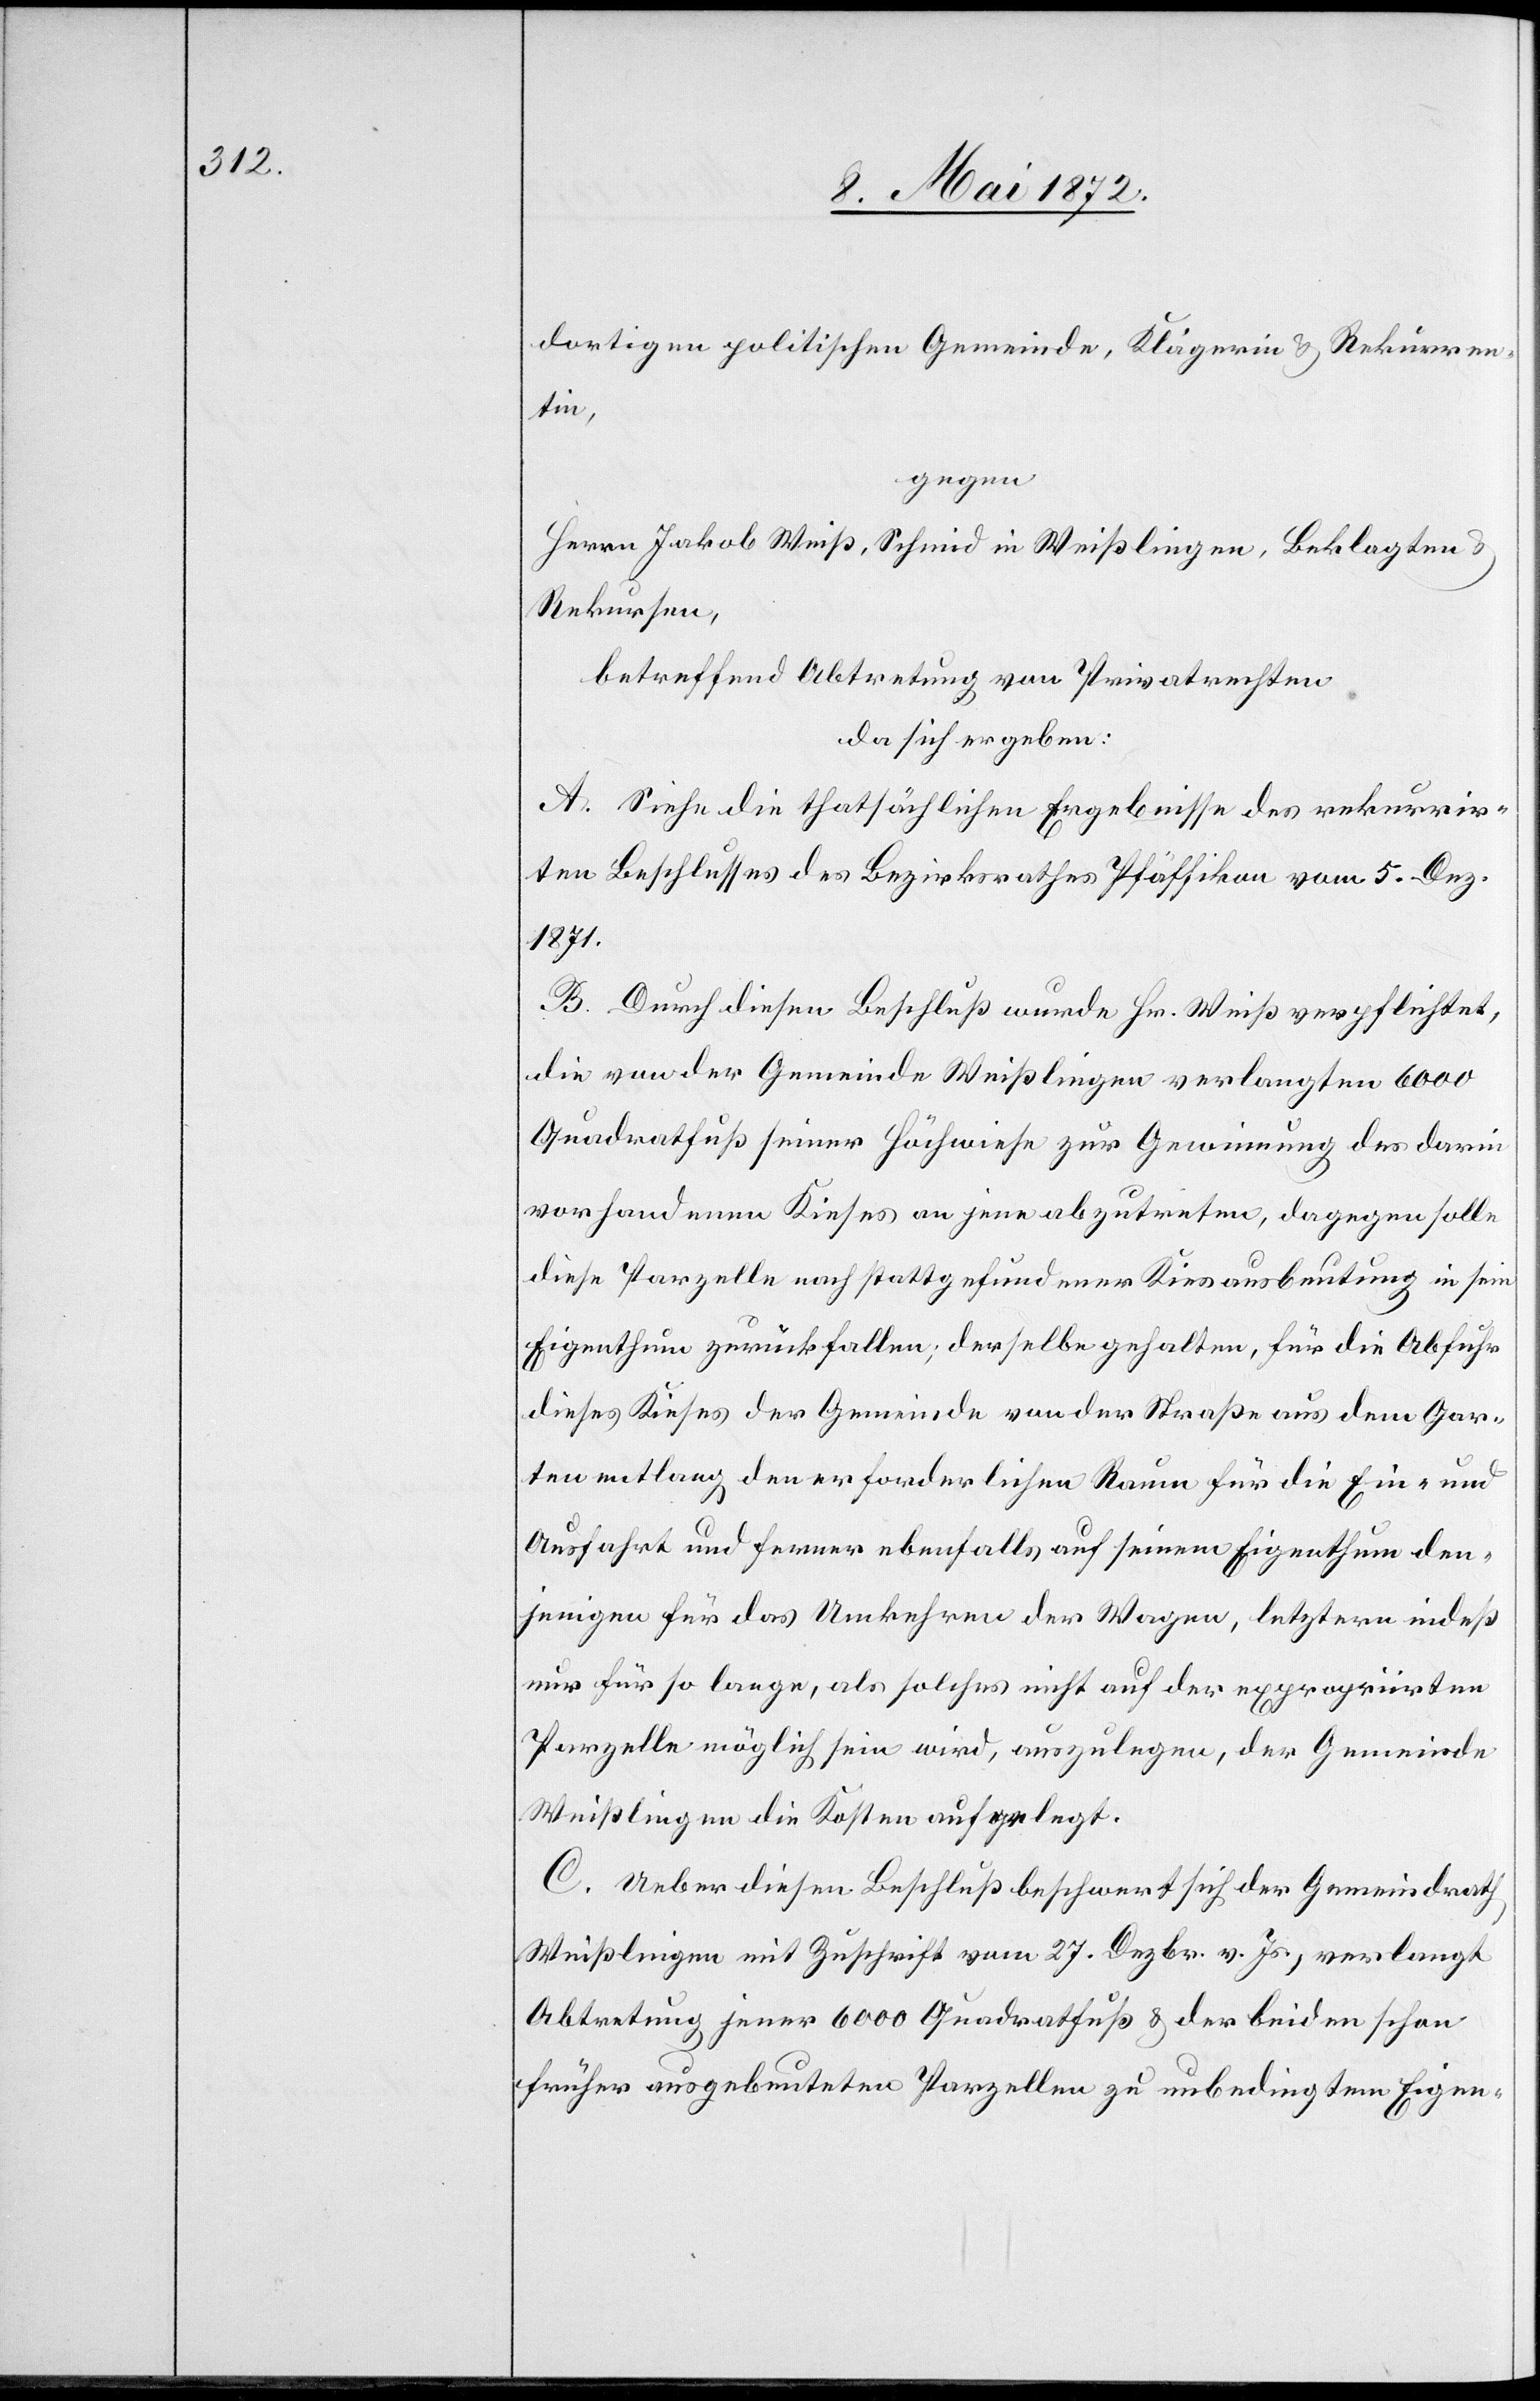
dortigen politischen Gemeinde, Klägerin u. Rekurren¬
tin,
gegen
Herrn Jakob Weiß, Schmid in Weißlingen, Beklagten u.
Rekursen,
betreffend Abtretung von Privatrechten
da sich ergeben:
A. Siehe die thatsächlichen Ergebnisse des rekurrir¬
ten Beschlusses des Bezirksrathes Pfäffikon vom 5. Dez.
1871.
B. Durch diesen Beschluß wurde Hr. Weiß verpflichtet,
die von der Gemeinde Weißlingen verlangten 6000
Quadratfuß seiner Höchwiese zur Gewinnung des darin
vorhandenen Kieses an jene abzutreten, dagegen solle
diese Parzelle nach stattgefundener Kiesausbeutung in sein
Eigenthum zurückfallen; derselbe gehalten, für die Abfuhr
dieses Kieses der Gemeinde von der Straße aus dem Gar¬
ten entlang den erforderlichen Raum für die Ein- und
Ausfahrt und ferner ebenfalls auf seinem Eigenthum den¬
jenigen für das Umkehren der Wagen, letztern indeß
nur für so lange, als solches nicht auf der expropriirten
Parzelle möglich sein wird, auszulegen, der Gemeinde
Weißlingen die Kosten auflegt.
C. Ueber diesen Beschluß beschwert sich der Gemeindrath
Weißlingen mit Zuschrift vom 27. Dezbr. v. Js., verlangt
Abtretung jener 6000 Quadratfuß u. der beiden schon
früher ausgebeuteten Parzellen zu unbedingtem Eigen-